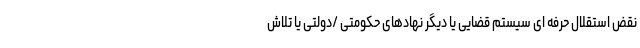
نقض استقلال حرفه ای سیستم قضایی یا دیگر نهادهای حکومتی /دولتی یا تلاش